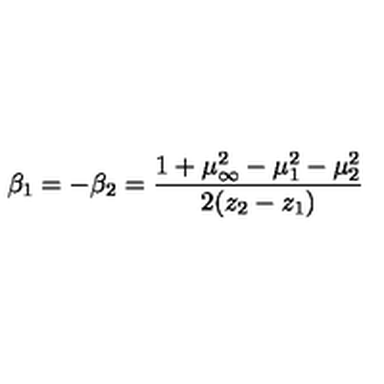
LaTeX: \beta _ { 1 } = - \beta _ { 2 } = \frac { 1 + \mu _ { \infty } ^ { 2 } - \mu _ { 1 } ^ { 2 } - \mu _ { 2 } ^ { 2 } } { 2 ( z _ { 2 } - z _ { 1 } ) }